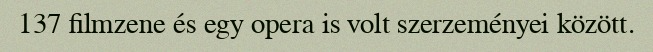
137 filmzene és egy opera is volt szerzeményei között.